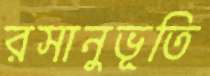
রসানুভূতি